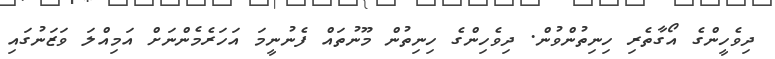
ދިވެހީންގެ އޯގާތެރި ހިނިތުންވުން. ދިވެހިންގެ ހިނިތުން މޫނުތައް ފެނުނީމަ އަހަރެމެންނަށް އަމިއްލަ ވަޒަނުގައި